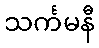
သင်္ကမနီ